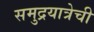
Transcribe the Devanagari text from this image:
समुद्रयात्रेची